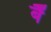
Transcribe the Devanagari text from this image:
बैं